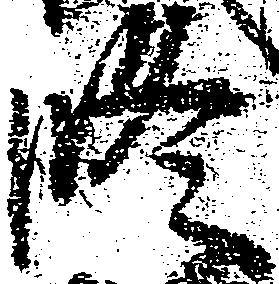
修